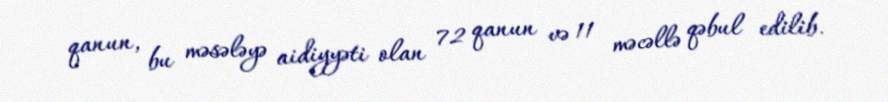
qanun, bu məsələyə aidiyyəti olan 72 qanun və 11 məcəllə qəbul edilib.